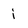
Character: i